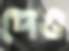
দেও